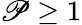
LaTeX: \mathscr{P}\geq1